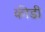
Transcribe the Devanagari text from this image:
कीडी